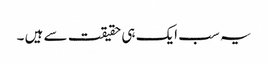
یہ سب ایک ہی حقیقت سے ہیں ۔